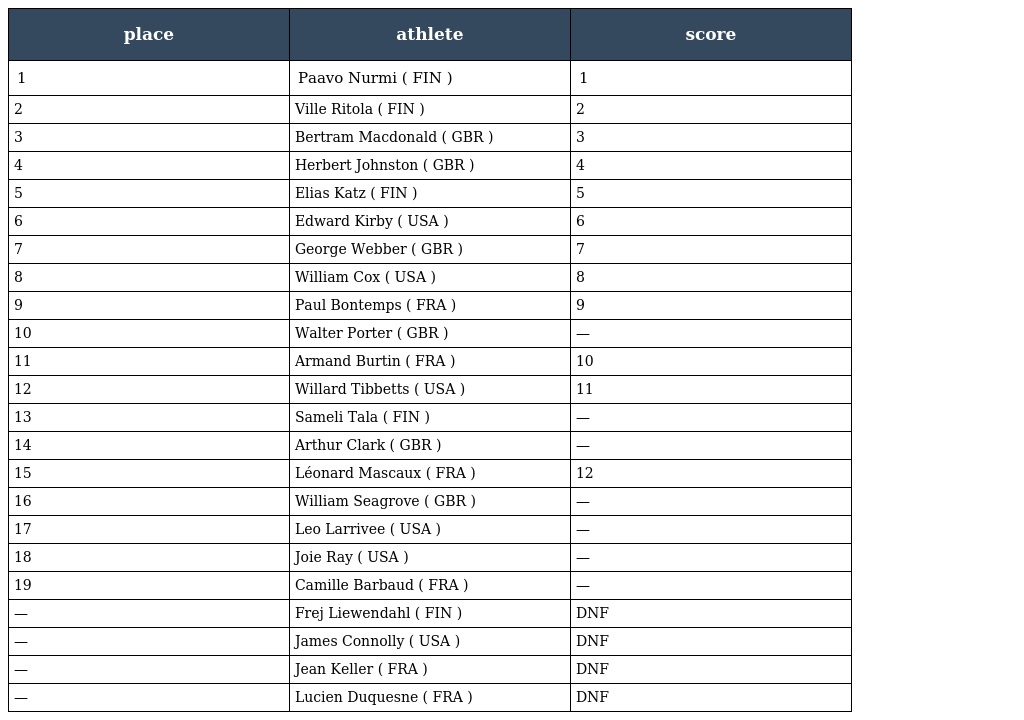
| place | athlete | score |
 | --- | --- | --- |
 | 1 | Paavo Nurmi ( FIN ) | 1 |
 | 2 | Ville Ritola ( FIN ) | 2 |
 | 3 | Bertram Macdonald ( GBR ) | 3 |
 | 4 | Herbert Johnston ( GBR ) | 4 |
 | 5 | Elias Katz ( FIN ) | 5 |
 | 6 | Edward Kirby ( USA ) | 6 |
 | 7 | George Webber ( GBR ) | 7 |
 | 8 | William Cox ( USA ) | 8 |
 | 9 | Paul Bontemps ( FRA ) | 9 |
 | 10 | Walter Porter ( GBR ) | — |
 | 11 | Armand Burtin ( FRA ) | 10 |
 | 12 | Willard Tibbetts ( USA ) | 11 |
 | 13 | Sameli Tala ( FIN ) | — |
 | 14 | Arthur Clark ( GBR ) | — |
 | 15 | Léonard Mascaux ( FRA ) | 12 |
 | 16 | William Seagrove ( GBR ) | — |
 | 17 | Leo Larrivee ( USA ) | — |
 | 18 | Joie Ray ( USA ) | — |
 | 19 | Camille Barbaud ( FRA ) | — |
 | — | Frej Liewendahl ( FIN ) | DNF |
 | — | James Connolly ( USA ) | DNF |
 | — | Jean Keller ( FRA ) | DNF |
 | — | Lucien Duquesne ( FRA ) | DNF |